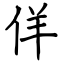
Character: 佯